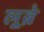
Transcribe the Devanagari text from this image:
लूब्रे